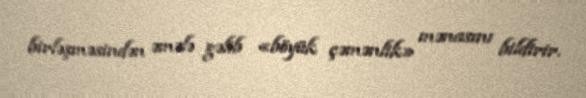
birləşməsindən əmələ gəlib «böyük çəmənlik» mənasını bildirir.